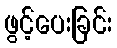
ဖွင့်ပေးခြင်း